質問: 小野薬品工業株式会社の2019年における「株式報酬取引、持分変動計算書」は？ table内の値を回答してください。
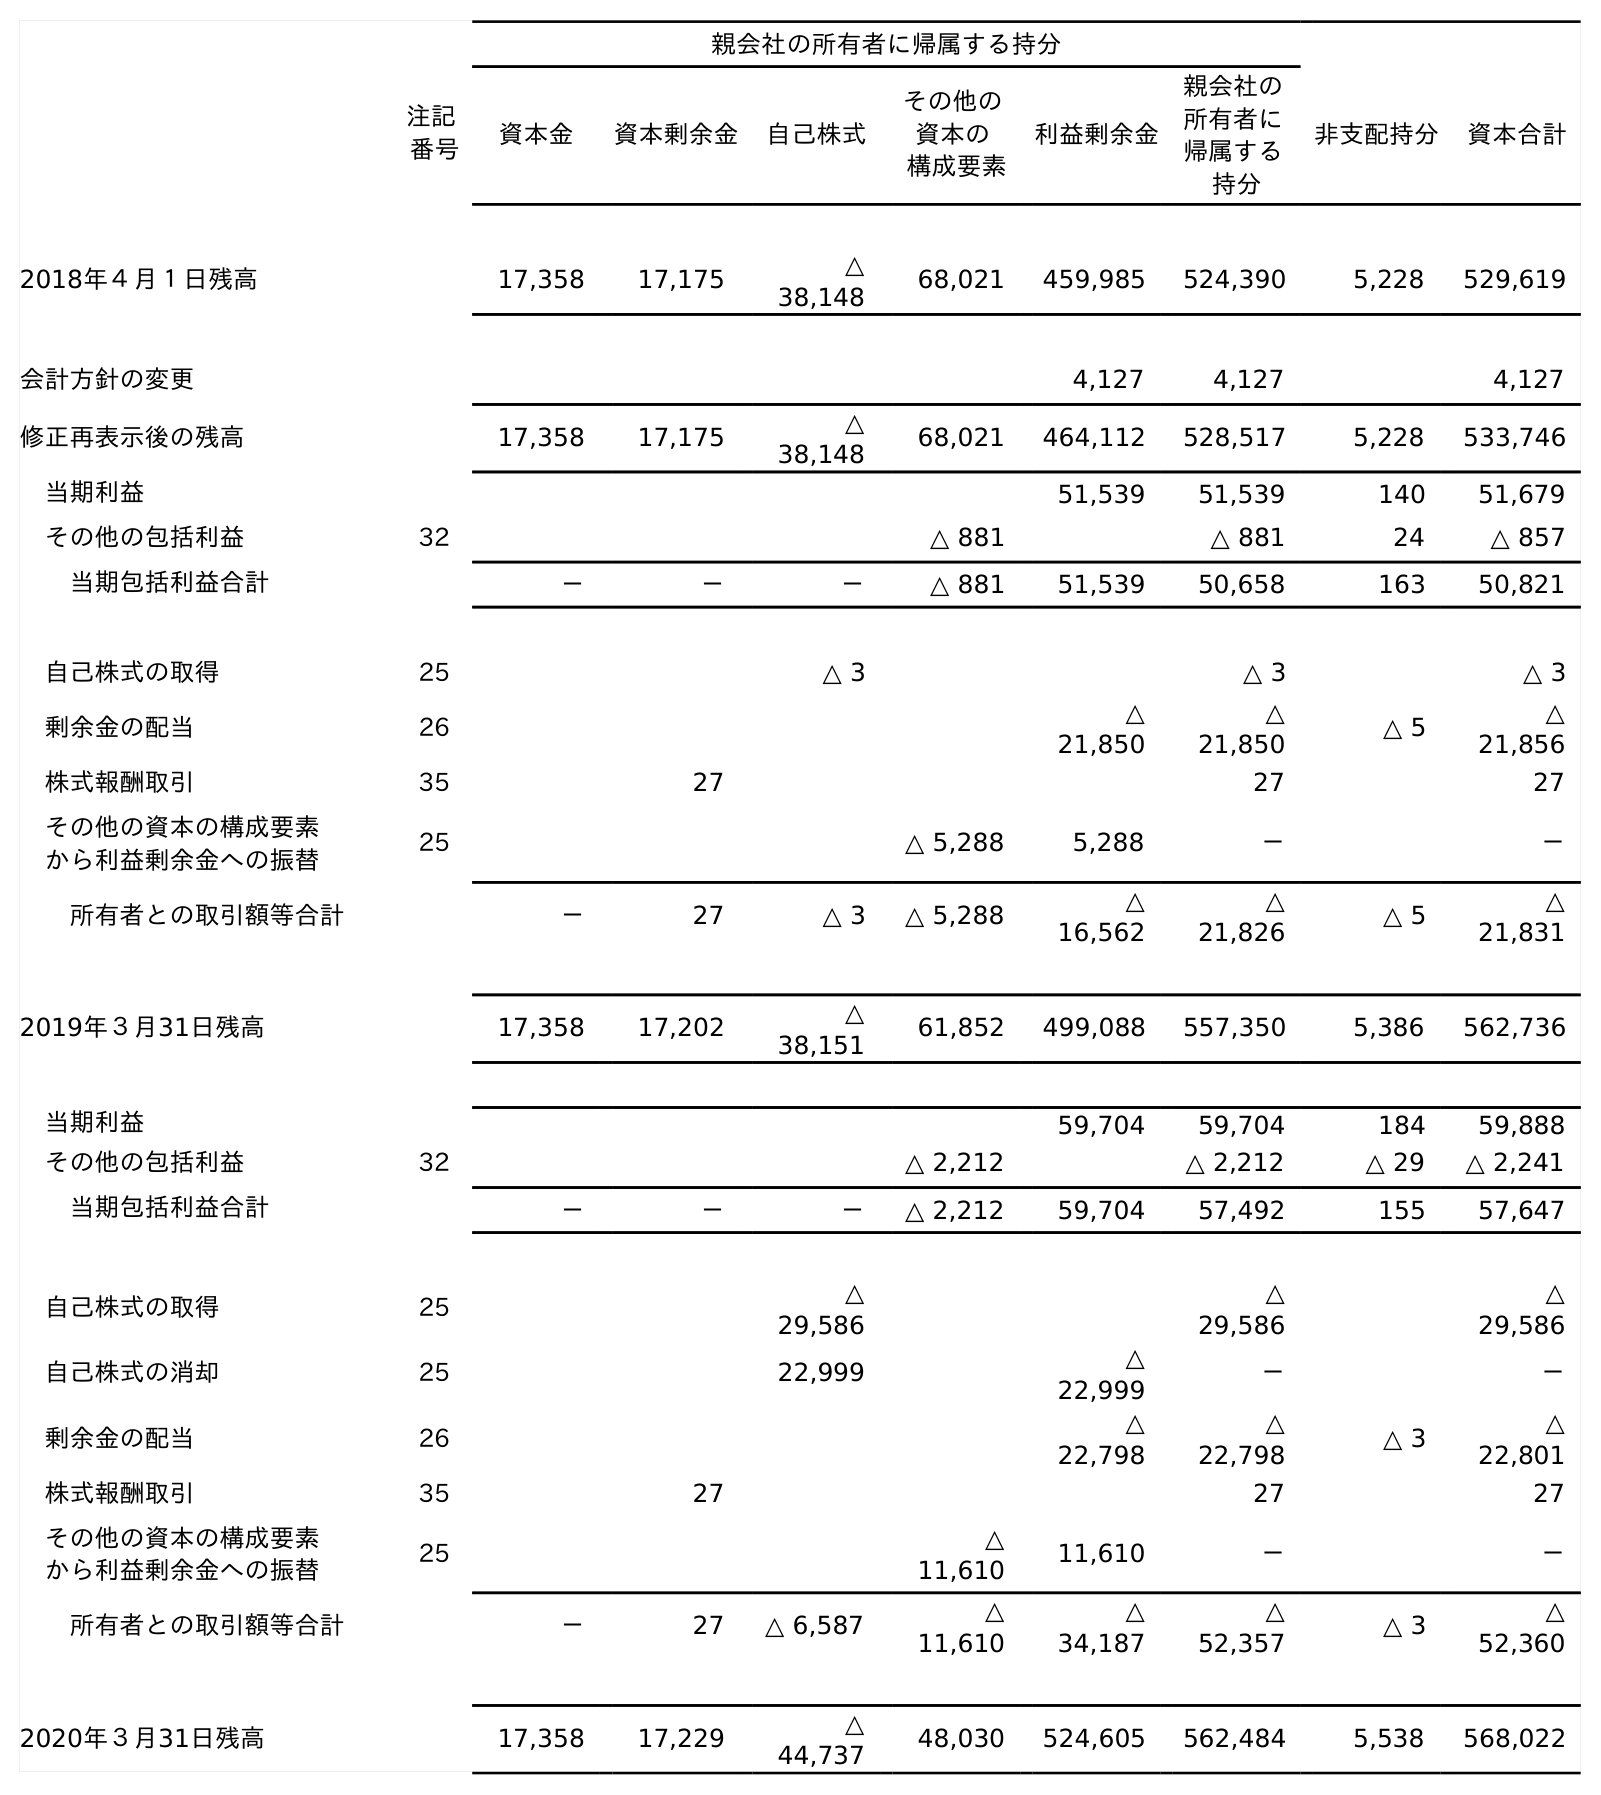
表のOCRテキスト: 親会社の所有者に帰属する持分 注記 番号 資本金 資本剰余金 自己株式 その他の 資本の 構成要素 利益剰余金 親会社の 所有者に 帰属する 持分 非支配持分 資本合計 2018年４月１日残高 17,358 17,175 △ 38,148 68,021 459,985 524,390 5,228 529,619 会計方針の変更 4,127 4,127 4,127 修正再表示後の残高 17,358 17,175 △ 38,148 68,021 464,112 528,517 5,228 533,746 当期利益 51,539 51,539 140 51,679 その他の包括利益 32 △ 881 △ 881 24 △ 857 当期包括利益合計 － － － △ 881 51,539 50,658 163 50,821 自己株式の取得 25 △ 3 △ 3 △ 3 剰余金の配当 26 △ 21,850 △ 21,850 △ 5 △ 21,856 株式報酬取引 35 27 27 27 その他の資本の構成要素 から利益剰余金への振替 25 △ 5,288 5,288 － － 所有者との取引額等合計 － 27 △ 3 △ 5,288 △ 16,562 △ 21,826 △ 5 △ 21,831 2019年３月31日残高 17,358 17,202 △ 38,151 61,852 499,088 557,350 5,386 562,736 当期利益 59,704 59,704 184 59,888 その他の包括利益 32 △ 2,212 △ 2,212 △ 29 △ 2,241 当期包括利益合計 － － － △ 2,212 59,704 57,492 155 57,647 自己株式の取得 25 △ 29,586 △ 29,586 △ 29,586 自己株式の消却 25 22,999 △ 22,999 － － 剰余金の配当 26 △ 22,798 △ 22,798 △ 3 △ 22,801 株式報酬取引 35 27 27 27 その他の資本の構成要素 から利益剰余金への振替 25 △ 11,610 11,610 － － 所有者との取引額等合計 － 27 △ 6,587 △ 11,610 △ 34,187 △ 52,357 △ 3 △ 52,360 2020年３月31日残高 17,358 17,229 △ 44,737 48,030 524,605 562,484 5,538 568,022
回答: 27